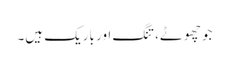
جو چھوٹے، تنگ اور باریک ہیں۔